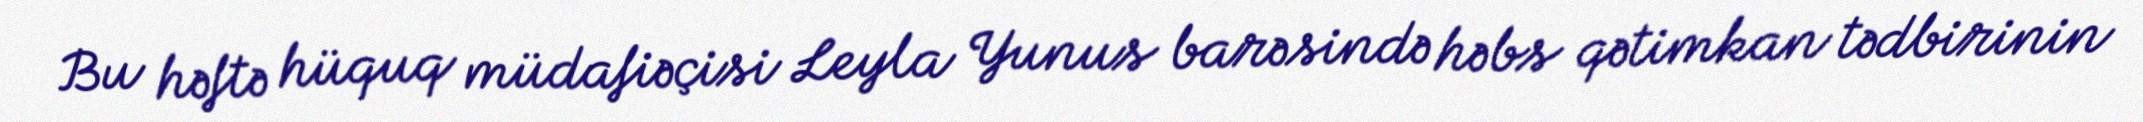
Bu həftə hüquq müdafiəçisi Leyla Yunus barəsində həbs qətimkan tədbirinin